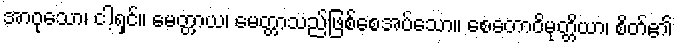
အာဝုသော၊ ငါ့ရှင်။ မေတ္တာယ၊ မေတ္တာသည်ဖြစ်စေအပ်သော။ စေတောဝိမုတ္တိယာ၊ စိတ်၏